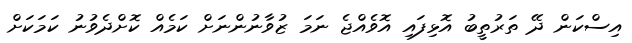
އިސްކަން ދޭ ތަރުތީބު އޮޅިފައި އޮވެއްޖެ ނަމަ ޒުވާނުންނަށް ކަމެއް ކޮށްދެވުނު ކަމަކަށް